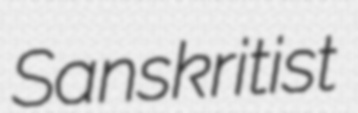
Sanskritist